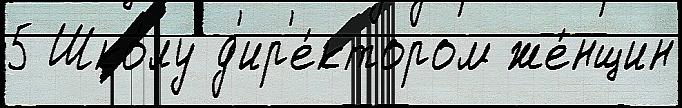
5 Шко́лу д'ир'е́ктором же́нщин